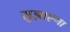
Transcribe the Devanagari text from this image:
सुझाएगा